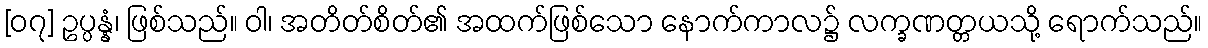
[၀၇] ဥပ္ပန္နံ၊ ဖြစ်သည်။ ဝါ၊ အတိတ်စိတ်၏ အထက်ဖြစ်သော နောက်ကာလ၌ လက္ခဏတ္တယသို့ ရောက်သည်။